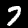
Digit: 7